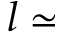
l \simeq